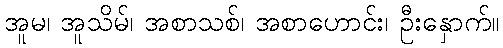
အူမ၊ အူသိမ်၊ အစာသစ်၊ အစာဟောင်း၊ ဦးနှောက်။